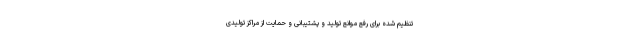
تنظیم شده برای رفع موانع تولید و پشتیبانی و حمایت از مراکز تولیدی